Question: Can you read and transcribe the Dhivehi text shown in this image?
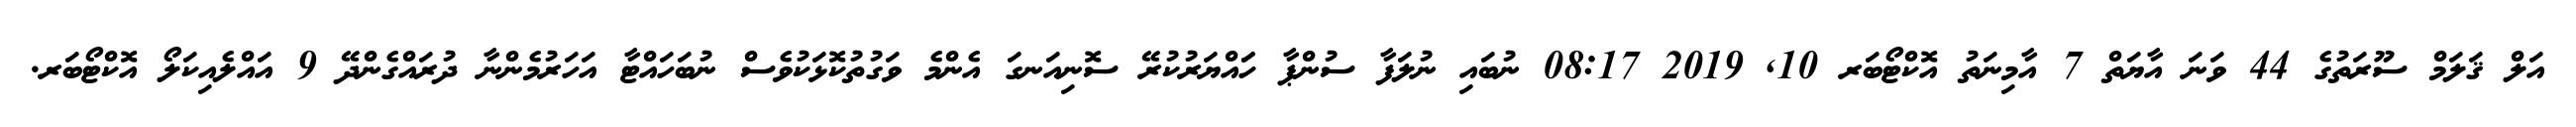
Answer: އަލް ޤަލަމް ސޫރަތުގެ 44 ވަނަ އާޔަތް 7 އާމިނަތު އޮކްޓޯބަރ 10, 2019 08:17 ނުބައި ނުލަފާ ސުންޕާ ހަައްޔަރުކުރޭ ސޮނިއަނގަ އެންމެ ވަގުތުކޮޅަކުވެސް ނުބަހައްޓާ އަހަރުމެންނާ ދުރައްގެންދޭ 9 އައްލެއިކަލޯ އޮކްޓޯބަރ.